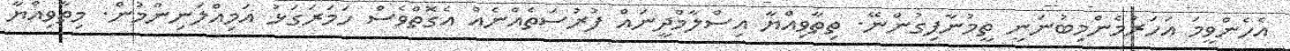
އެހެންވީމަ އަހަރުމެންމިބުނަނީ ތީމުނާފިގުންނޭ. ތިތާވިއްޔާ އިސްލާމްދީނައް ފުރުސަތެއްނެއް އެގޮތްވެސް ހަމަރަގަޅު އަމިއްލަނިންމުން. މިތާވިއްޔާ